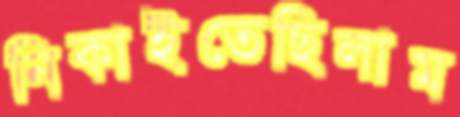
নিকাইতেছিলাম